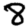
Digit: 8